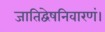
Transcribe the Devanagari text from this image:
जातिद्वेषनिवारणं।